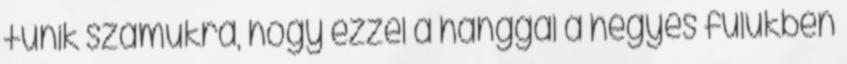
tűnik számukra, hogy ezzel a hanggal a hegyes fülükben